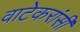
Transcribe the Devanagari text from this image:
वाटेकरांसी